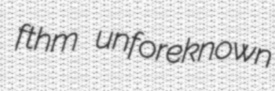
fthm unforeknown